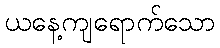
ယနေ့ကျရောက်သော